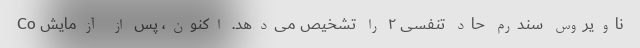
ناویروس سندرم حاد تنفسی ۲ را تشخیص می‌دهد. اکنون، پس از آزمایش Co